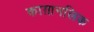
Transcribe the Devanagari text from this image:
काग़ानलिक